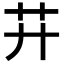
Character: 𦬇